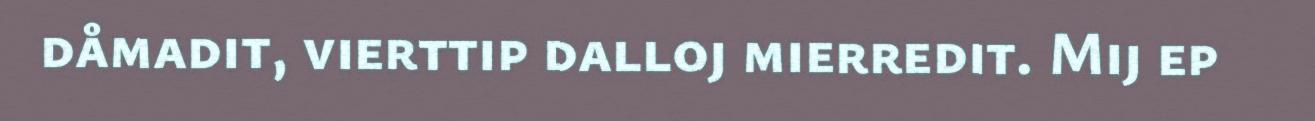
dåmadit, vierttip dalloj mierredit. Mij ep